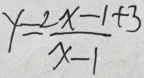
y = \frac { 2 x - 1 + 3 } { x - 1 }